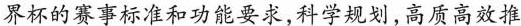
界杯的赛事标准和功能要求，科学规划，高质高效推